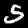
Label: 5